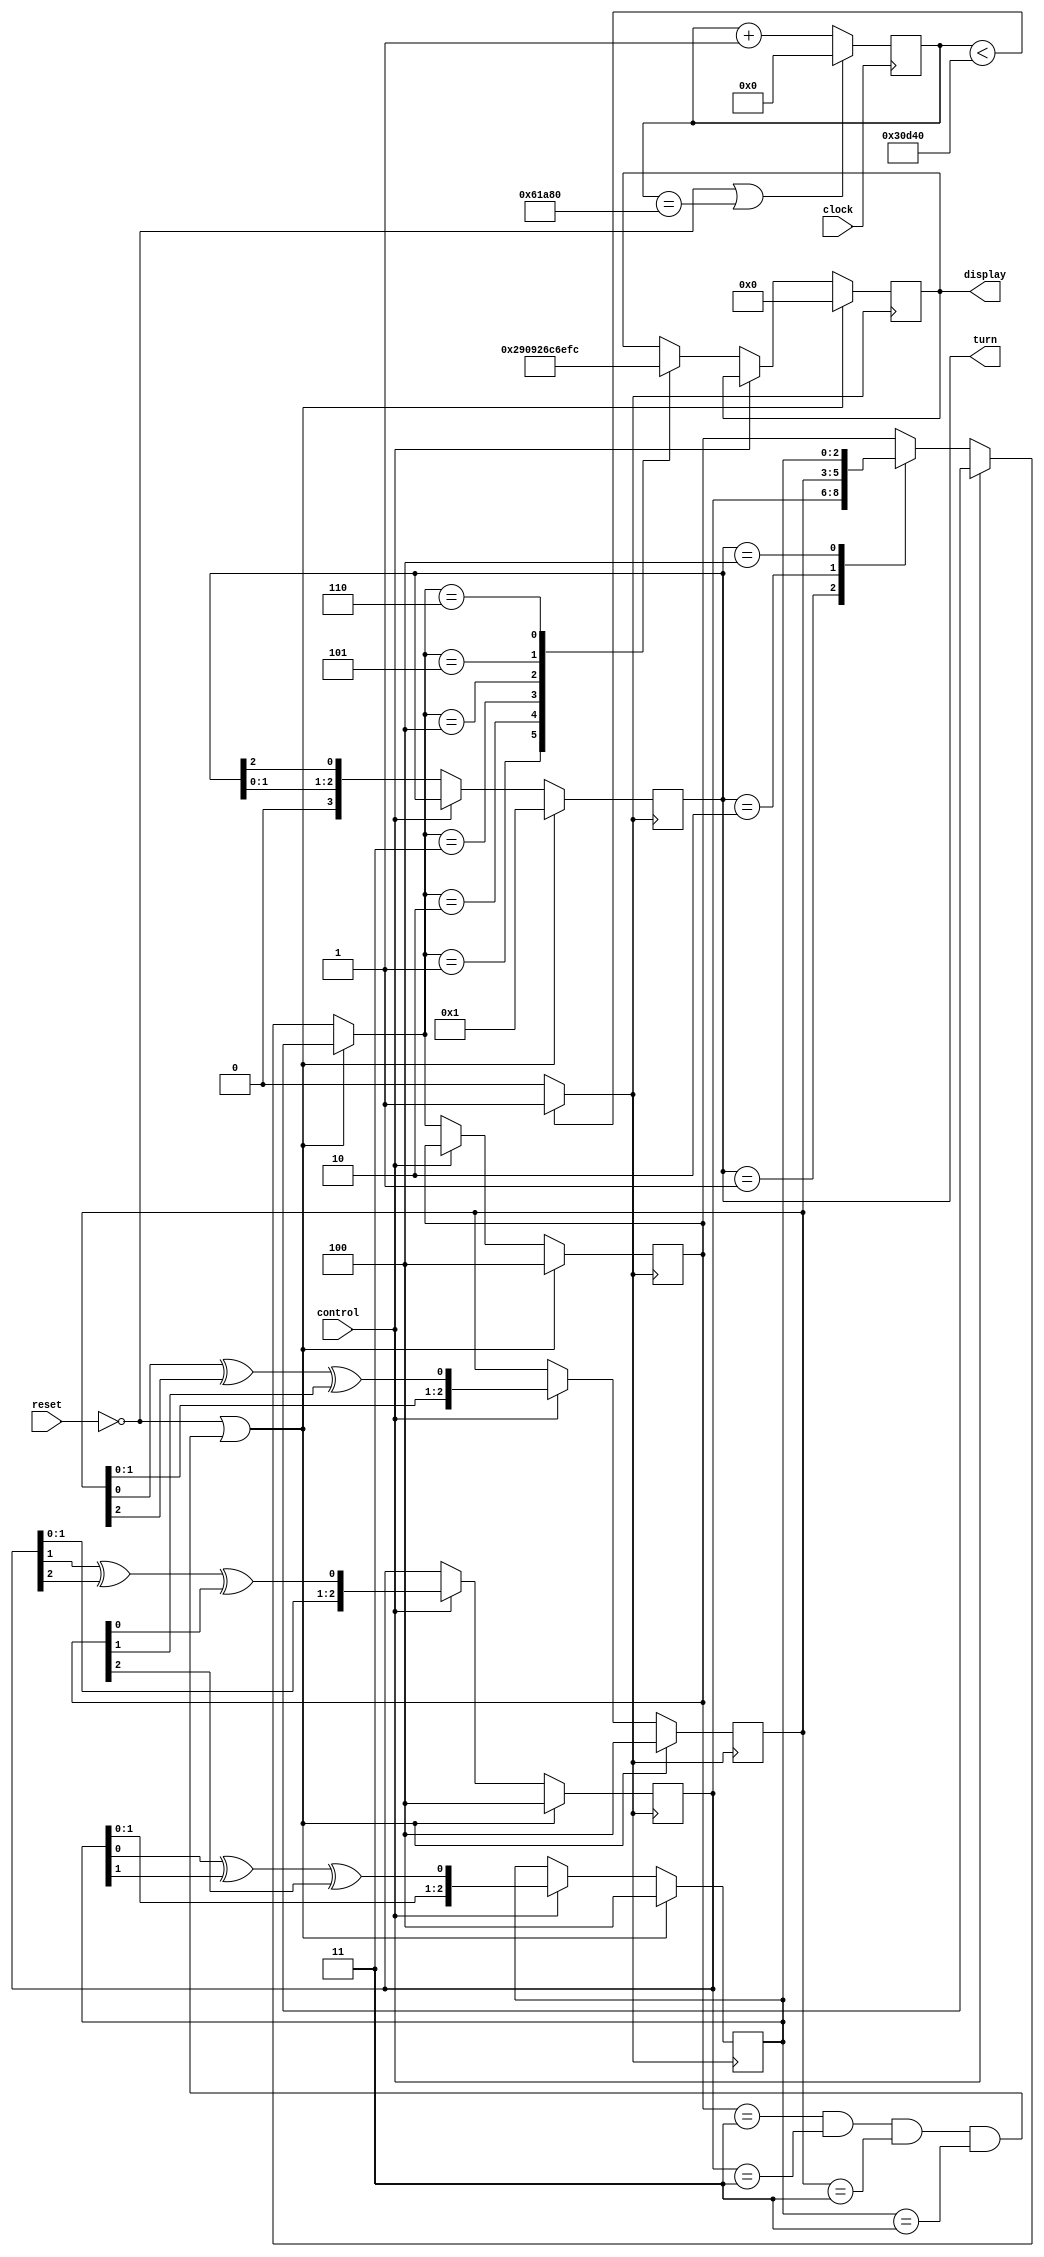
module three_dice (clock, reset, control, turn, display);
    input clock, reset, control;
    output [7:0] display;
    output [3:0] turn;

    reg [7:0] display;

    reg [32:0] diver;
    reg clock_250hz;
    reg [3:0] turn;
    reg [2:0] random, random_0, random_1, random_2;

    always@(posedge clock) begin
        if(~reset || diver == 400000) begin
            diver = 0;
        end else begin
            diver = diver + 1;
        end
    end

    always @ (diver) begin
        if (diver < 200000) begin
            clock_250hz = 1;
        end else begin
            clock_250hz = 0;
        end
    end

    // always @ (clock) begin
    //     clock_250hz = clock;
    // end

    always @ (posedge clock_250hz) begin
        if (~reset || (
                        random == 3
                        & random_0 == 3
                        & random_1 == 3
                        & random_2 == 3
                    )
                ) begin
            display = 8'b00000000;
            random = 3'b100;
            random_0 = 3'b100;
            random_1 = 3'b100;
            random_2 = 3'b100;
            turn = 4'b0001;
        end else if (control) begin
            random_0 = {random_0[1:0], random_0[1] ^ random_0[2] ^ random[0]};
            random_1 = {random_1[1:0], random_1[0] ^ random_1[2] ^ random[1]};
            random_2 = {random_2[1:0], random_2[0] ^ random_2[1] ^ random[2]};
        end else begin
            case (turn)
                4'b0001: random = random_0;
                4'b0010: random = random_1;
                4'b0100: random = random_2;
            endcase
            case (random)
                1: display = 8'b00000010;
                2: display = 8'b10010000;
                3: display = 8'b10010010;
                4: display = 8'b01101100;
                5: display = 8'b01101110;
                6: display = 8'b11111100;
                default: display = display;
            endcase
            turn = {turn[1:0], turn[2]};
        end
    end

endmodule // three_dice